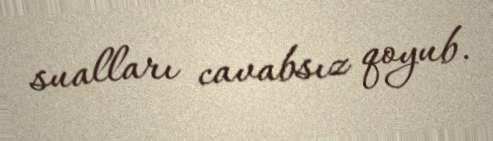
sualları cavabsız qoyub.